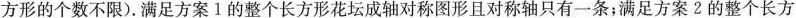
方形的个数不限)。满足方案1的整个长方形花坛成轴对称图形且对称轴只有一条；满足方案2的整个长方